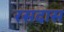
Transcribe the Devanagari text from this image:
रसदास